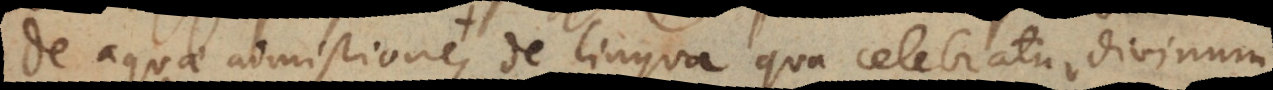
De aquae admistione, de lingua qua celebratur divinum